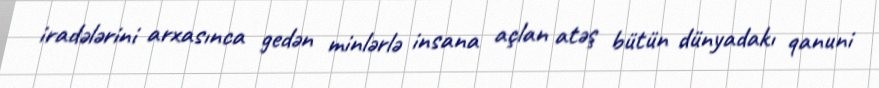
iradələrini arxasınca gedən minlərlə insana açlan atəş bütün dünyadakı qanuni